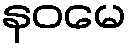
နဝမေ